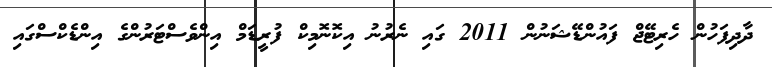
ދާދިފަހުން ހެރިޓޭޖް ފައުންޑޭޝަނުން 2011 ގައި ނެރުނު އިކޮނޮމިކް ފުރީޑަމް އިންވެސްޓަރުންގެ އިންޑެކްސްގައި